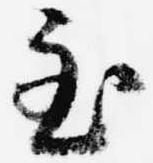
至